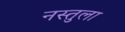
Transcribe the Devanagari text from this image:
नस्तुला